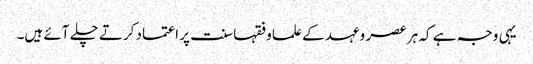
یہی وجہ ہے کہ ہر عصر وعہد کے علما وفقہا سنت پر اعتماد کرتے چلے آئے ہیں۔